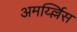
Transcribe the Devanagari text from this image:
अमर्य्ल्लिस